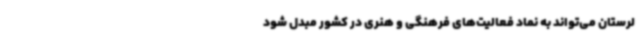
لرستان می‌تواند به نماد فعالیت‌های فرهنگی و هنری در کشور مبدل شود